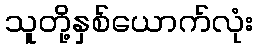
သူတို့နှစ်ယောက်လုံး